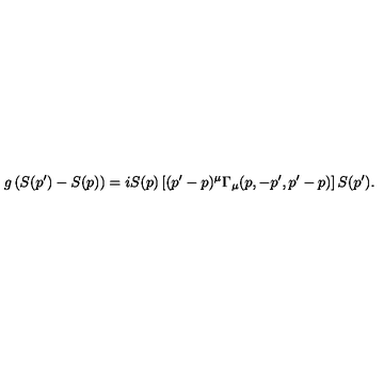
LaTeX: g \left( S ( p ^ { \prime } ) - S ( p ) \right) = i S ( p ) \left[ ( p ^ { \prime } - p ) ^ { \mu } \Gamma _ { \mu } ( p , - p ^ { \prime } , p ^ { \prime } - p ) \right] S ( p ^ { \prime } ) .